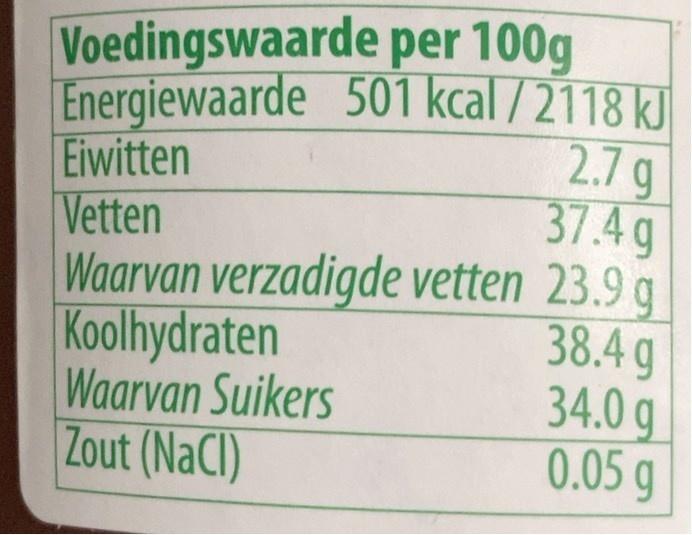
Voedingswaarde per 100g Energiewaarde 501 kcal / 2118 kJ Eiwitten Vetten Waarvan verzadigde vetten 23.9 g Koolhydraten Waarvan Suikers Zout (NaCI)
2.7g 37.4g
38.4 g 34.0 g 0.05 g